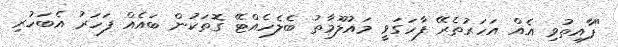
"ފާއިތުވި އެއް އަހަރުތެރޭ ފާހަގަވީ މައުލޫމާތު ބެލެހެއްޓޭ ގޮތަކުން ބައެއް ފަހަރު އެބަހުރި